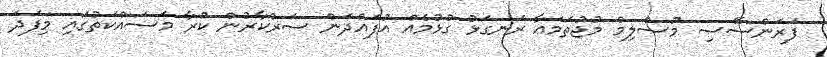
ފަރަންސޭސި މުސްލިމް މުޖުތަމަޢާ ރަނގަޅު ގުޅުމެއް އުފައްދަން ސަރުކާރުން ކުރާ މަސައްކަތުގައި މިފަދަ